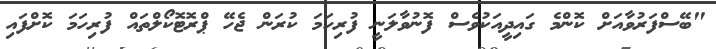
"ބޭސްފަރުވާއަށް ކޮންމެ ގައިދީއަކުވެސް ފޮނުވާލަނީ ފުރިހަމަ ކުރަން ޖެހޭ ޕްރޮޓޮކޯލްތައް ފުރިހަމަ ކޮށްފައި